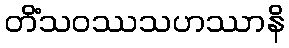
တိံသဝဿသဟဿာနိ